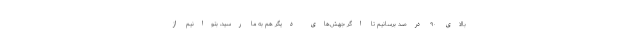
بالای ۹۰ درصد برسانیم تا اگر جهش‌های دیگر هم به ما رسید، بتوانیم از